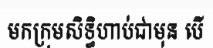
មកក្រុមសិទ្ធិហាប់ជាមុន បើ